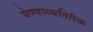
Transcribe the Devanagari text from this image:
घेण्याव्यतिरिक्त